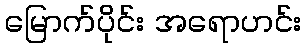
မြောက်ပိုင်း အရောဟင်း